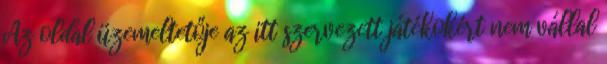
Az oldal üzemeltetője az itt szervezett játékokért nem vállal